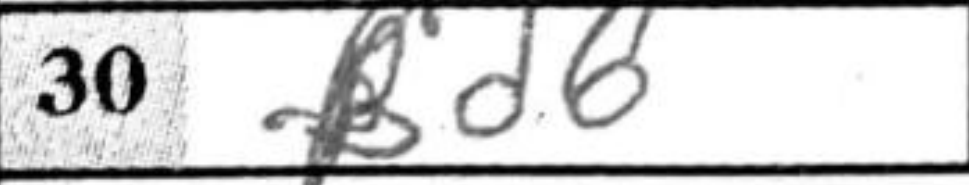
Transcription: Bd6